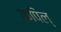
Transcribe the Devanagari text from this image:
कपिल्